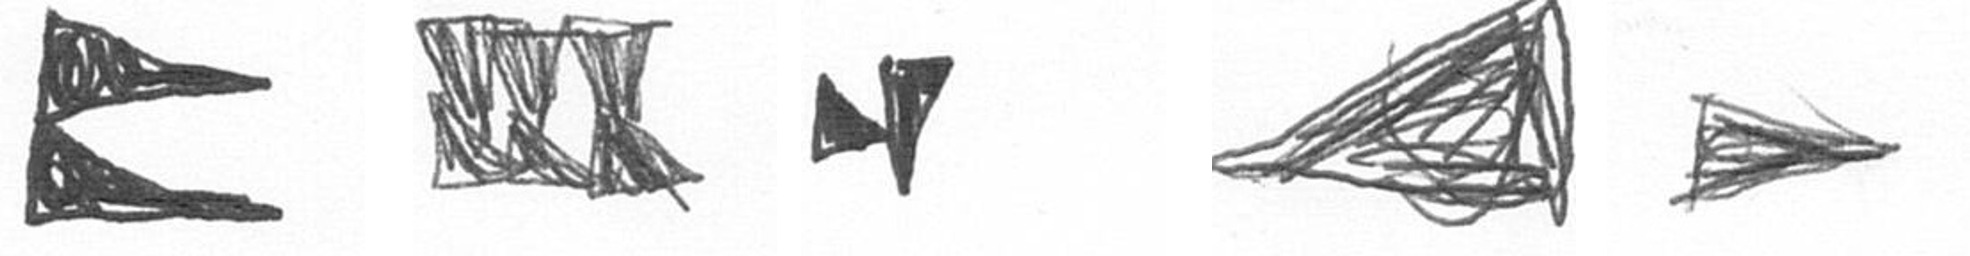
P D M O T